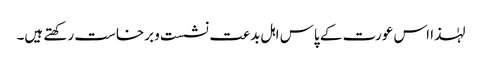
لہٰذا اس عورت کے پاس اہل بدعت نشست و برخاست رکھتے ہیں۔